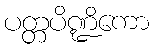
ပတ္တပိဏ္ဍိကော